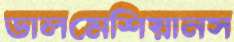
ডালমেশিয়ানস